Leaving Certificate Examination, 1924
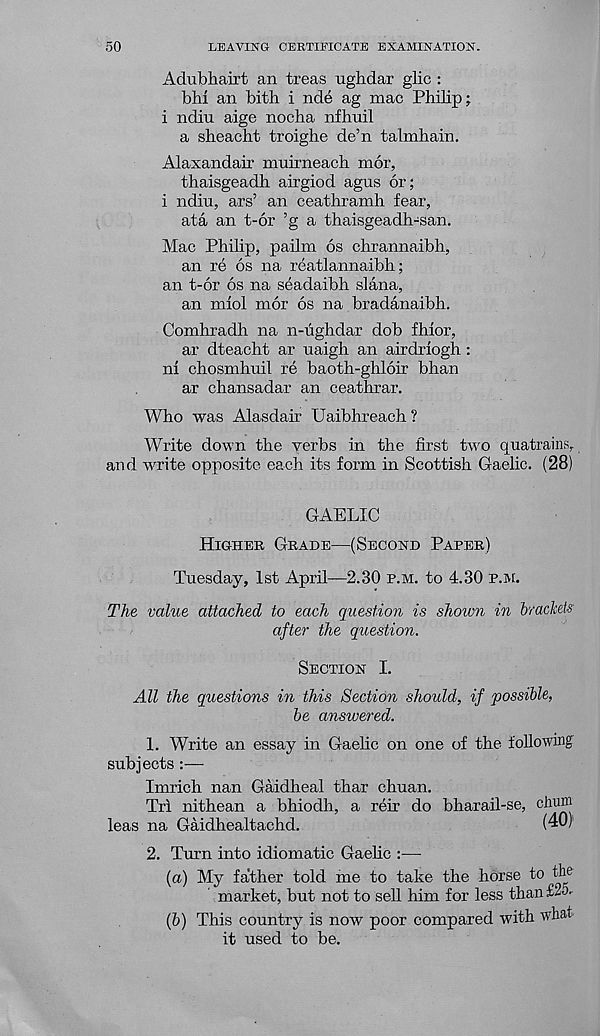
50
LEAVING CERTIFICATE EXAMINATION.
Adubhairt an treas ughdar glic :
bhi an bith i nde ag mac Philip;
i ndiu aige nocha nfhuil
a sheacht troighe de’n talmhain.
Alaxandair muimeach mor,
thaisgeadh aixgiod agus or;
i ndiu, ars’ an ceathramh fear,
ata an t-6r ’g a thaisgeadh-san.
Mac Philip, pailm 6s chrannaibh,
an re 6s na reatlannaibh;
an t-6r 6s na seadaibh slana,
an miol mor 6s na bradanaibh.
Comhradh na n-ughdar dob fhlor,
ar dteacht ar uaigh an airdriogh :
ni chosmhuil re baoth-ghloir bhan
ar chansadar an ceathrar.
Who was Alasdair Uaibhreach ?
Write down the verbs in the first two quatrains,
and write opposite each its form in Scottish Gaelic. (28)
GAELIC
Higher Grade—(Second Parer)
Tuesday, 1st April—2.30 r.m. to 4.30 p.m.
The value attached to each question is shown in brackets
after the question.
Section I.
All the questions in this Section should, if possible,
be answered.
1. Write an essay in Gaelic on one of the following
subjects :—
Imrich nan Gaidheal thar chuan.
Trl nithean a bhiodh, a reir do bharail-se, chun'j
leas na Gaidhealtachd.
(40)
2. Turn into idiomatic Gaelic :—-
(а) My father told me to take the horse to the
market, but not to sell him for less than £2a
(б) This country is now poor compared with what
it used to be.